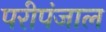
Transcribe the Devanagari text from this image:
परीपंजाल